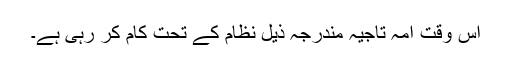
اس وقت امہ تاجیہ مندرجہ ذیل نظام کے تحت کام کر رہی ہے۔